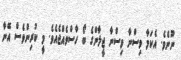
ނޫނެވެ. އެކަމާ ވިސްނާ ވިސްނާ ޖީލާންގެ ބޯ ހާސްވެއްޖެއެވެ. މީ ކުރިންވެސް އޭނާ